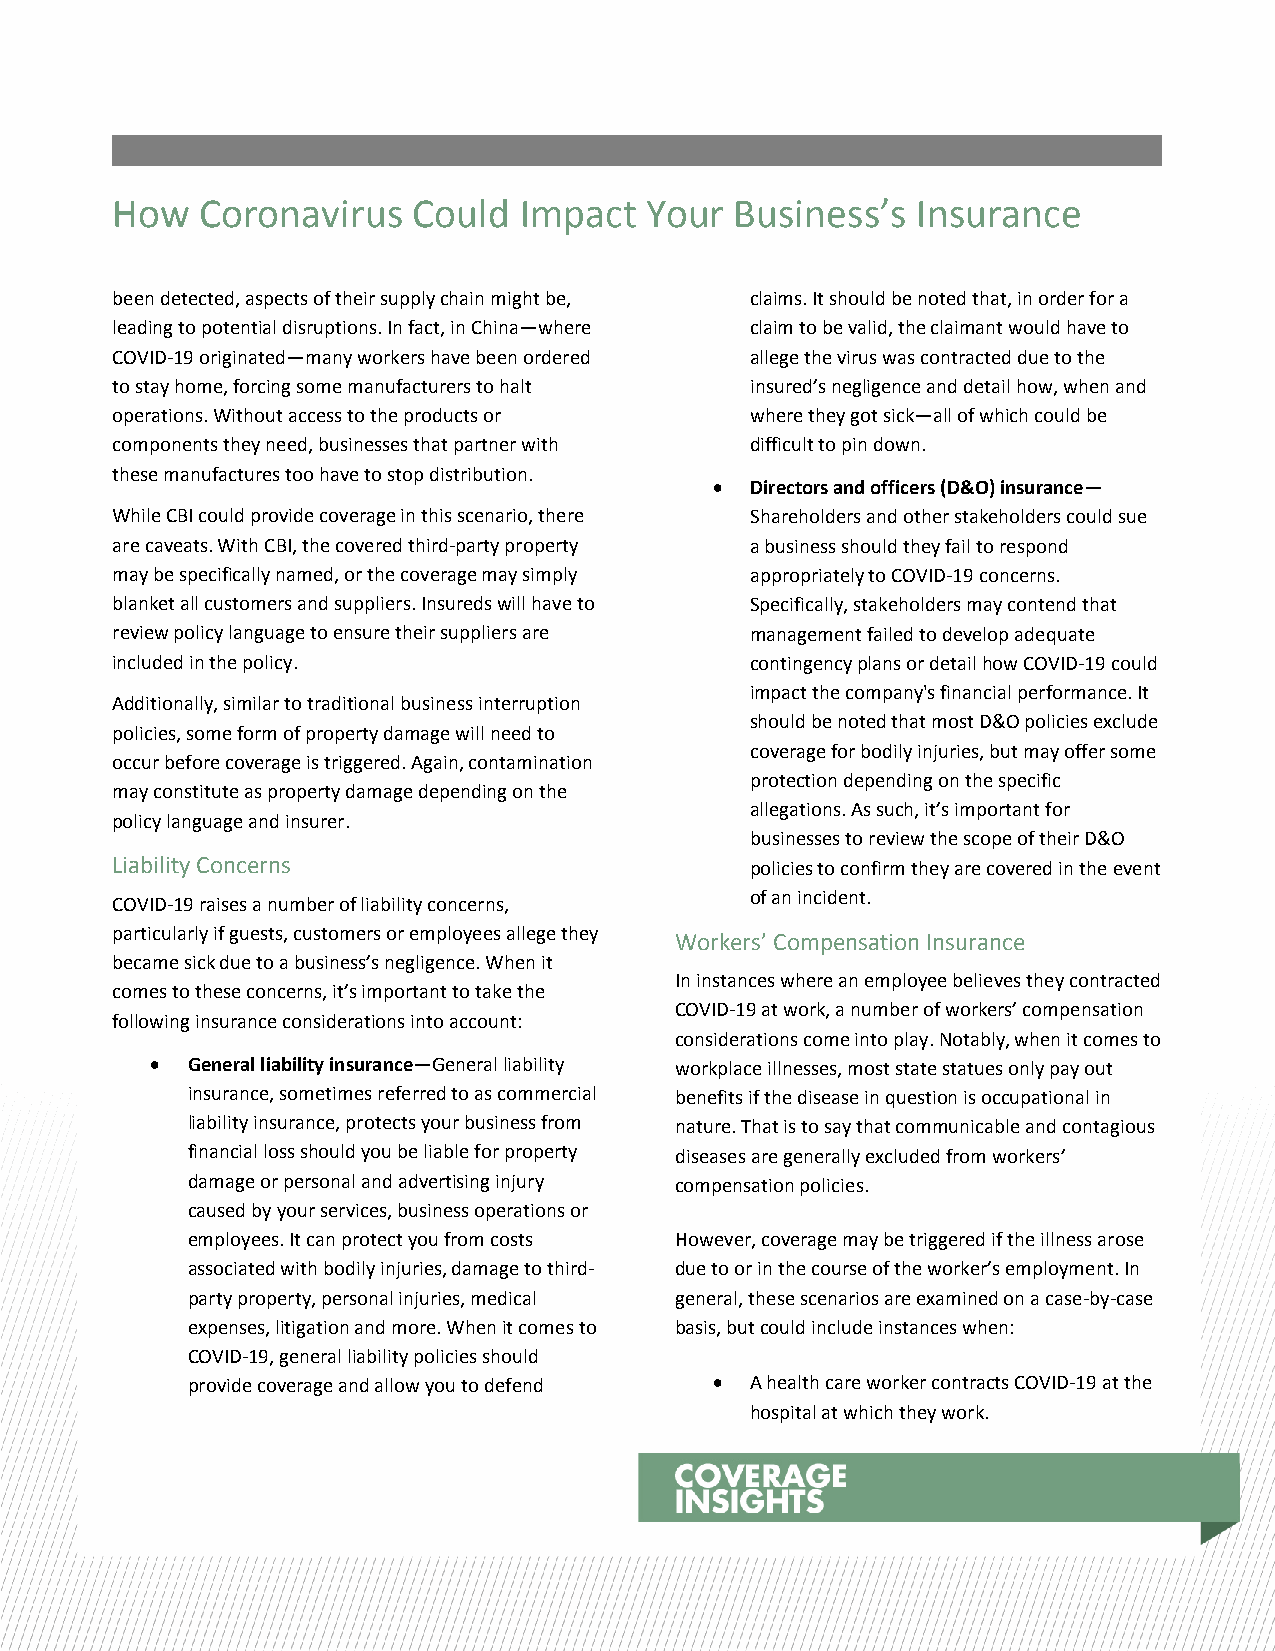
How   Coronavirus   Could  Impact   Your  Business’s  Insurance
 been detected, aspects of their supply chain might be, claims. It should be noted that, in order for a
 leading to potential disruptions. In fact, in China—where claim to be valid, the claimant would have to
 COVID-19 originated—many workers have been ordered allege the virus was contracted due to the
 to stay home, forcing some manufacturers to halt insured’s negligence and detail how, when and
 operations. Without access to the products or where they got sick—all of which could be
 components they need, businesses that partner with difficult to pin down.
 these manufactures too have to stop distribution.
   Directors and officers (D&O) insurance—
 While CBI could provide coverage in this scenario, there Shareholders and other stakeholders could sue
 are caveats. With CBI, the covered third-party property a business should they fail to respond
 may be specifically named, or the coverage may simply appropriately to COVID-19 concerns.
 blanket all customers and suppliers. Insureds will have to Specifically, stakeholders may contend that
 review policy language to ensure their suppliers are management failed to develop adequate
 included in the policy.                    contingency plans or detail how COVID-19 could
 impact the company's financial performance. It
 Additionally, similar to traditional business interruption
 should be noted that most D&O policies exclude
 policies, some form of property damage will need to
 coverage for bodily injuries, but may offer some
 occur before coverage is triggered. Again, contamination
 protection depending on the specific
 may constitute as property damage depending on the
 allegations. As such, it’s important for
 policy language and insurer.
 businesses to review the scope of their D&O
 Liability Concerns                         policies to confirm they are covered in the event
 of an incident.
 COVID-19 raises a number of liability concerns,
 particularly if guests, customers or employees allege they
 Workers’ Compensation Insurance
 became sick due to a business’s negligence. When it
 In instances where an employee believes they contracted
 comes to these concerns, it’s important to take the
 COVID-19 at work, a number of workers’ compensation
 following insurance considerations into account:
 considerations come into play. Notably, when it comes to
  General liability insurance—General liability workplace illnesses, most state statues only pay out
 insurance, sometimes referred to as commercial benefits if the disease in question is occupational in
 liability insurance, protects your business from nature. That is to say that communicable and contagious
 financial loss should you be liable for property diseases are generally excluded from workers’
 damage or personal and advertising injury compensation policies.
 caused by your services, business operations or
 employees. It can protect you from costs However, coverage may be triggered if the illness arose
 associated with bodily injuries, damage to third- due to or in the course of the worker’s employment. In
 party property, personal injuries, medical general, these scenarios are examined on a case-by-case
 expenses, litigation and more. When it comes to basis, but could include instances when:
 COVID-19, general liability policies should
 provide coverage and allow you to defend  A health care worker contracts COVID-19 at the
 hospital at which they work.